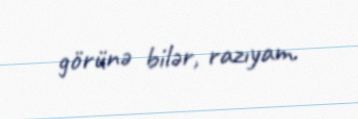
görünə bilər, razıyam.